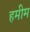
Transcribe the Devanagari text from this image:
हमीम